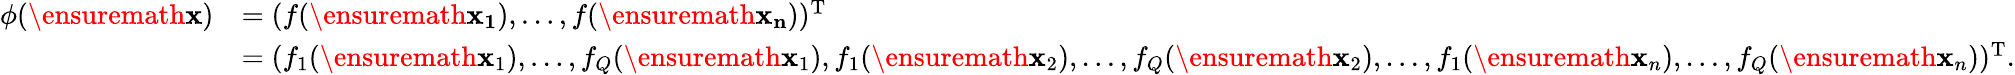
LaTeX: \begin{array}{rl}{\phi(\ensuremath{\mathbf{x}})}&{=(f(\ensuremath{\mathbf{x_{1}}}),\dots,f(\ensuremath{\mathbf{x_{n}}}))^{\mathrm{T}}}\\ &{=(f_{1}(\ensuremath{\mathbf{x}}_{1}),\dots,f_{Q}(\ensuremath{\mathbf{x}}_{1}),f_{1}(\ensuremath{\mathbf{x}}_{2}),\dots,f_{Q}(\ensuremath{\mathbf{x}}_{2}),\dots,f_{1}(\ensuremath{\mathbf{x}}_{n}),\dots,f_{Q}(\ensuremath{\mathbf{x}}_{n}))^{\mathrm{T}}.}\end{array}